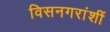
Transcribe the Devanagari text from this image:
विसनगरांशीं